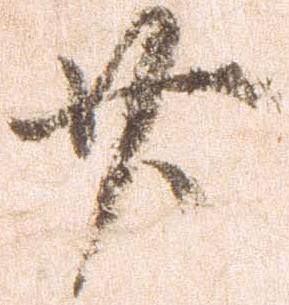
廿